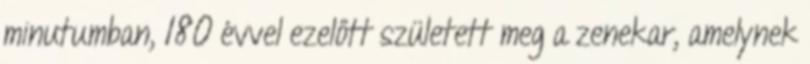
minutumban, 180 évvel ezelőtt született meg a zenekar, amelynek